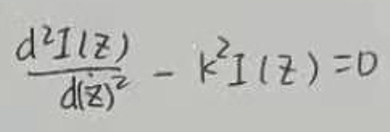
\[
\frac{d^{2}I(z)}{d(z)^{2}} - k^{2}I(z) = 0
\]